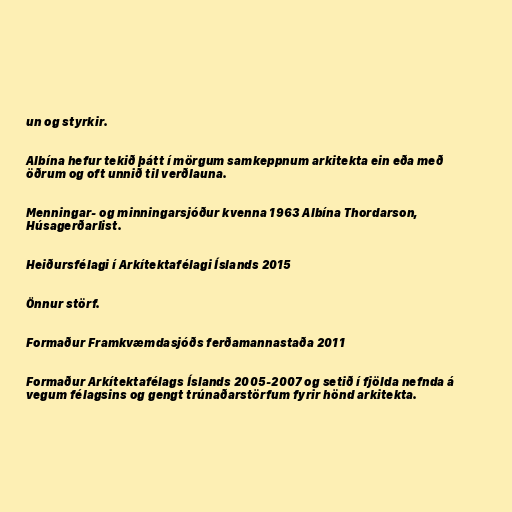
un og styrkir.

Albína hefur tekið þátt í mörgum samkeppnum arkitekta ein eða með
öðrum og oft unnið til verðlauna.

Menningar- og minningarsjóður kvenna 1963 Albína Thordarson,
Húsagerðarlist.

Heiðursfélagi í Arkítektafélagi Íslands 2015

Önnur störf.

Formaður Framkvæmdasjóðs ferðamannastaða 2011

Formaður Arkítektafélags Íslands 2005-2007 og setið í fjölda nefnda á
vegum félagsins og gengt trúnaðarstörfum fyrir hönd arkitekta.